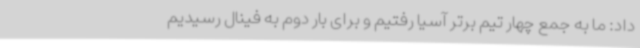
داد: ما به جمع چهار تیم برتر آسیا رفتیم و برای بار دوم به فینال رسیدیم